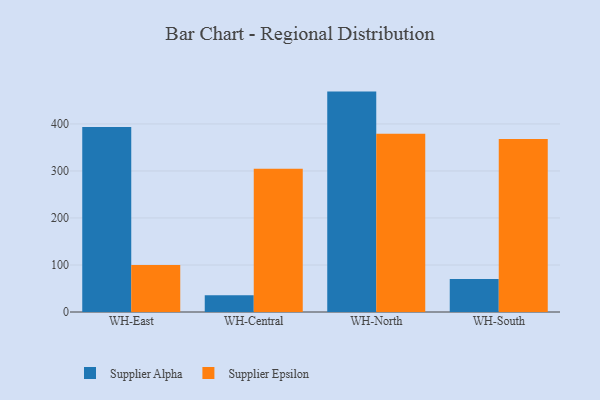
{"axis": {"x": "Warehouse", "y": "Tickets Resolved"}, "legend": ["Supplier Alpha", "Supplier Epsilon"], "data": [{"x": "WH-East", "y": 393.4, "type": "Supplier Alpha"}, {"x": "WH-East", "y": 100.1, "type": "Supplier Epsilon"}, {"x": "WH-Central", "y": 35.7, "type": "Supplier Alpha"}, {"x": "WH-Central", "y": 304.6, "type": "Supplier Epsilon"}, {"x": "WH-North", "y": 468.8, "type": "Supplier Alpha"}, {"x": "WH-North", "y": 378.9, "type": "Supplier Epsilon"}, {"x": "WH-South", "y": 70.0, "type": "Supplier Alpha"}, {"x": "WH-South", "y": 367.9, "type": "Supplier Epsilon"}]}